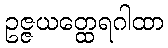
ဥဇ္ဇယတ္ထေရဂါထာ